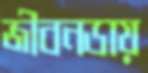
জীবনডায়